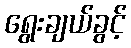
ရွေးချယ်ခွင့်